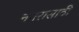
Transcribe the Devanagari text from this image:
नगरासाठी